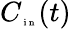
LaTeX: C_{\tiny{\mathrm{~i~n~}}}(t)